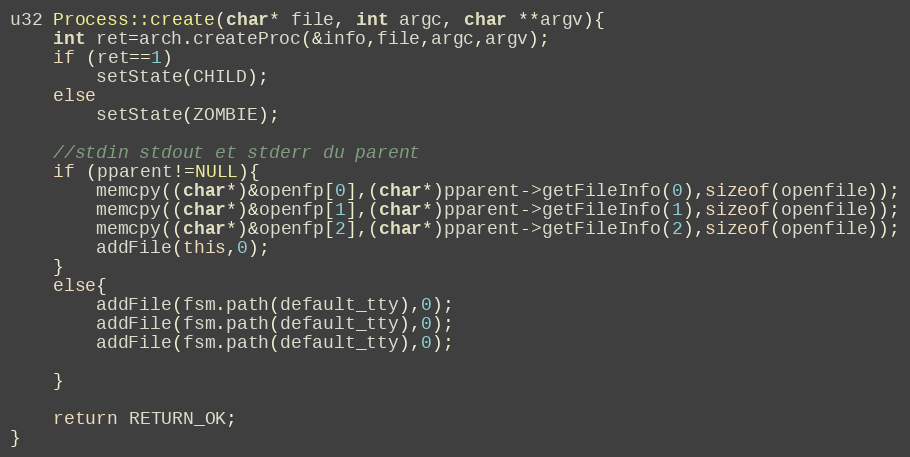
Language: C++
u32 Process::create(char* file, int argc, char **argv){
	int ret=arch.createProc(&info,file,argc,argv);
	if (ret==1)
		setState(CHILD);
	else
		setState(ZOMBIE);

	//stdin stdout et stderr du parent
	if (pparent!=NULL){
		memcpy((char*)&openfp[0],(char*)pparent->getFileInfo(0),sizeof(openfile));
		memcpy((char*)&openfp[1],(char*)pparent->getFileInfo(1),sizeof(openfile));
		memcpy((char*)&openfp[2],(char*)pparent->getFileInfo(2),sizeof(openfile));
		addFile(this,0);
	}
	else{
		addFile(fsm.path(default_tty),0);
		addFile(fsm.path(default_tty),0);
		addFile(fsm.path(default_tty),0);

	}

	return RETURN_OK;
}